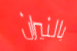
بالنيران